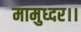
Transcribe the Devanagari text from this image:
मामुध्दर।।